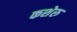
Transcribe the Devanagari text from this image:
कशेरु